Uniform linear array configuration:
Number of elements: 4
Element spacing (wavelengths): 0.5
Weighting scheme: blackman
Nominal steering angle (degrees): -60
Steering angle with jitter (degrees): -61.195
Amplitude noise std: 0.05
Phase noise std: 0.05

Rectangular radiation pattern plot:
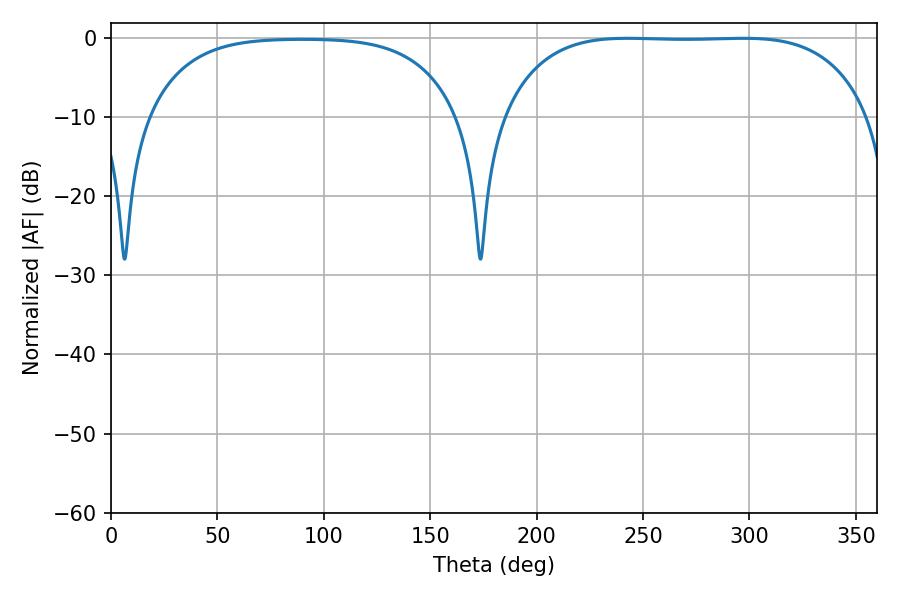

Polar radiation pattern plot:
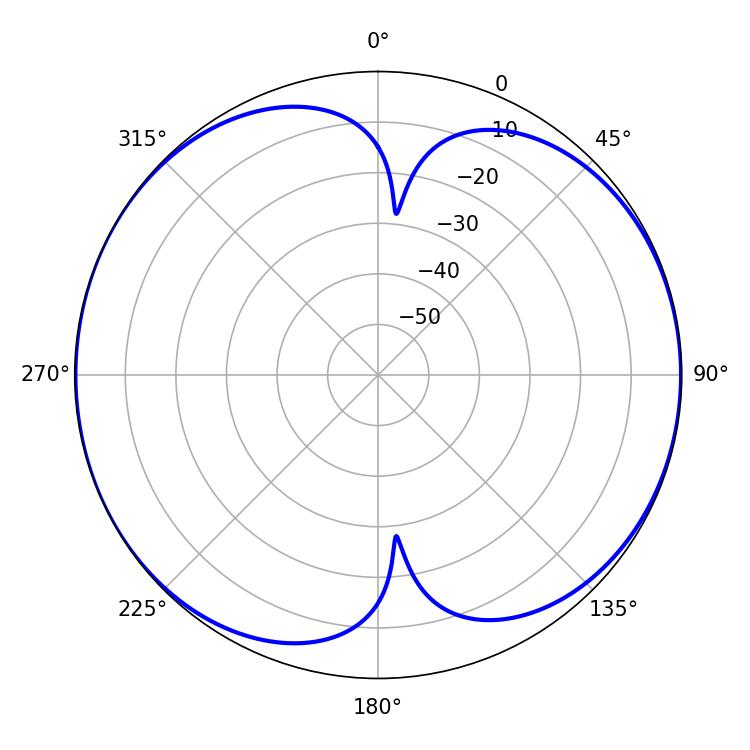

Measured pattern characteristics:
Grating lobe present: FALSE
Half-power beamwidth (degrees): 134.28
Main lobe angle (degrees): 242.82